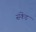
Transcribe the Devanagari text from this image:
संकेंड